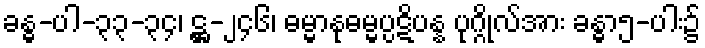
ခန္ဓ-ပါ-၃၃-၃၄၊ ဋ္ဌ-၂၄၆၊ ဓမ္မာနုဓမ္မပ္ပဋိပန္န ပုဂ္ဂိုလ်အား ခန္ဓာ၅-ပါး၌